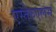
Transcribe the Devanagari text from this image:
एस्तेरुएलस